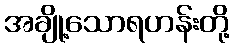
အချို့သောရဟန်းတို့